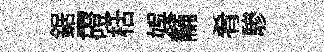
鋸-磴栝娱黼肴驂